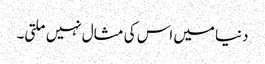
دنیا میں اس کی مثال نہیں ملتی۔